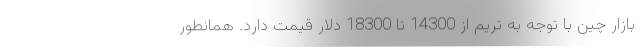
بازار چین با توجه به تریم از 14300 تا 18300 دلار قیمت دارد. همانطور